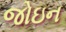
જોઇન